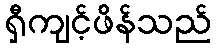
ရှီကျင့်ဖိန်သည်